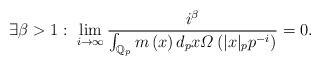
LaTeX: \begin{align*}\exists\beta>1:\;\lim_{i\rightarrow\infty}\dfrac{i^{\beta}}{\intop_{\mathbb{Q}_{p}}m\left(x\right)d_{p}x\varOmega\left(|x|_{p}p^{-i}\right)}=0.\end{align*}